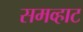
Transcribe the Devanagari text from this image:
समव्हाट